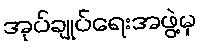
အုပ်ချုပ်ရေးအဖွဲ့မှ